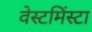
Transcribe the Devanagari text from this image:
वेस्टमिंस्टा